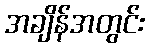
အချိန်အတွင်း